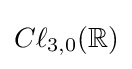
C\ell _{3,0}(\mathbb {R} )